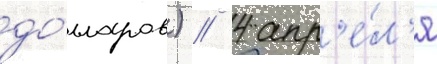
до́лларов) // 4 апр'е́л'я